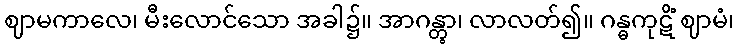
ဈာမကာလေ၊ မီးလောင်သော အခါ၌။ အာဂန္တွာ၊ လာလတ်၍။ ဂန္ဓကုဋိံ ဈာမံ၊